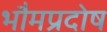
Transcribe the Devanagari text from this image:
भौमप्रदोष